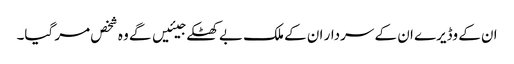
ان کے وڈیرے ان کے سردار ان کے ملک بے کھٹکے جیئیں گے وہ شخص مر گیا۔